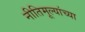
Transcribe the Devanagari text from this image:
नीतिमूल्यांच्या